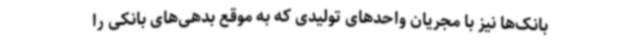
بانک‌ها نیز با مجریان واحدهای تولیدی که به موقع بدهی‌های بانکی را